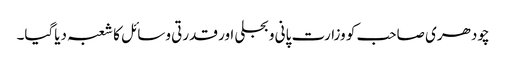
چودھری صاحب کو وزارت پانی و بجلی اور قدرتی وسائل کا شعبہ دیاگیا۔